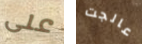
على عالجت